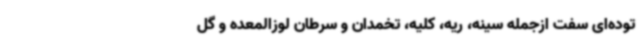
توده‌ای سفت ازجمله سینه، ریه، کلیه، تخمدان و سرطان لوزالمعده و گل